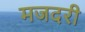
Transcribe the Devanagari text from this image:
मजदरी